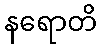
နရောတိ